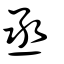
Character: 丞